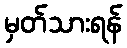
မှတ်သားရန်